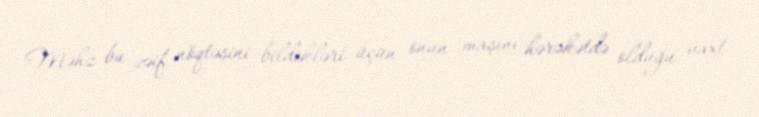
Məhz bu zəif nöqtəsini bildikləri üçün onun maşını hərəkətdə olduğu vaxt